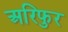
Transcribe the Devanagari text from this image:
अरिफुर